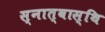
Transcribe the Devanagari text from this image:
स्नात्वास्थि